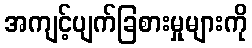
အကျင့်ပျက်ခြစားမှုများကို